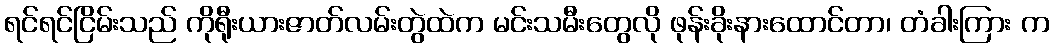
ရင်ရင်ငြိမ်းသည် ကိုရီုးယားဇာတ်လမ်းတွဲထဲက မင်းသမီးတွေလို ဖုန်းခိုးနားထောင်တာ၊ တံခါးကြား က